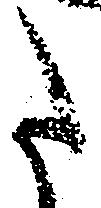
た